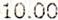
10.00